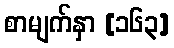
စာမျက်နှာ [၁၆၃]